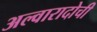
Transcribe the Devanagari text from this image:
अल्वारादोची